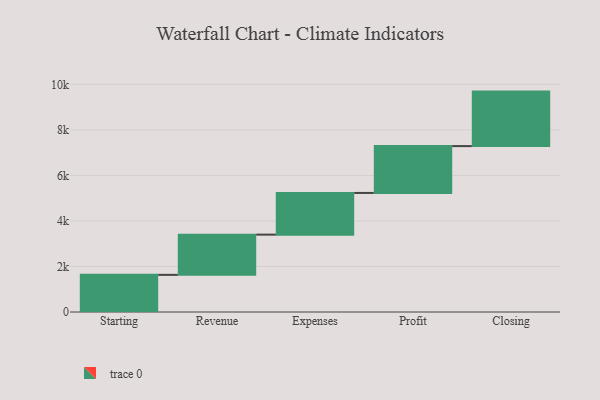
{"axis": {"x": "Step", "y": "Value"}, "legend": [""], "data": [{"x": "Starting", "y": 1632.0, "type": ""}, {"x": "Revenue", "y": 1768.0, "type": ""}, {"x": "Expenses", "y": 1832.0, "type": ""}, {"x": "Profit", "y": 2058.0, "type": ""}, {"x": "Closing", "y": 2395.0, "type": ""}]}